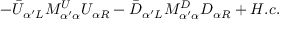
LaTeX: - \bar { U } _ { \alpha ^ { \prime } L } M _ { \alpha ^ { \prime } \alpha } ^ { U } U _ { \alpha R } - \bar { D } _ { \alpha ^ { \prime } L } M _ { \alpha ^ { \prime } \alpha } ^ { D } D _ { \alpha R } + H . c .